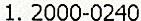
1. 2000-0240